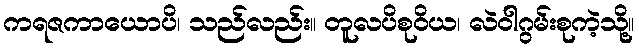
ကရဇကာယောပိ၊ သည်လည်း။ တူလပိစုဝိယ၊ လဲဝါဂွမ်းစုကဲ့သို့။